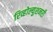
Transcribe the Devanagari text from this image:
रिव्होल्युशनरी